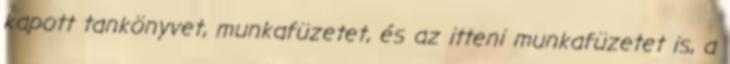
kapott tankönyvet, munkafüzetet, és az itteni munkafüzetet is, a